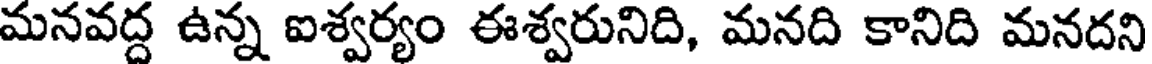
మనవద్ద ఉన్న ఐశ్వర్యం ఈశ్వరునిది, మనది కానిది మనదని